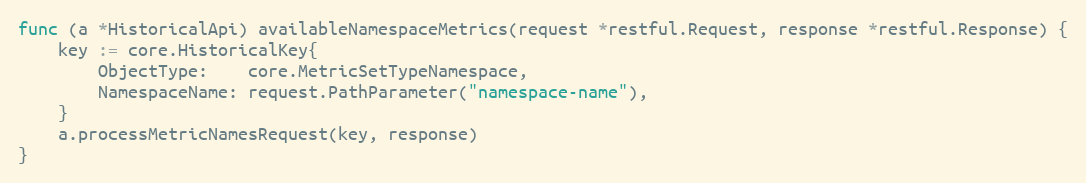
Language: Go
func (a *HistoricalApi) availableNamespaceMetrics(request *restful.Request, response *restful.Response) {
	key := core.HistoricalKey{
		ObjectType:    core.MetricSetTypeNamespace,
		NamespaceName: request.PathParameter("namespace-name"),
	}
	a.processMetricNamesRequest(key, response)
}